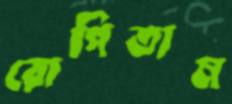
রোপিতাম